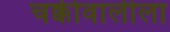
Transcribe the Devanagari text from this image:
चक्कीवालीला